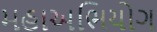
મહાઅભિયોગ